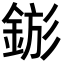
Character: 𨧗